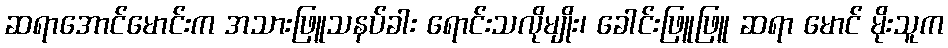
ဆရာအောင်မောင်းက အသားဖြူသနပ်ခါး ရောင်းသလိုမျိုး၊ ခေါင်းဖြူဖြူ ဆရာ မောင် မိုးသူက